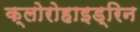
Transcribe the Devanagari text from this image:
क्लोरोहाइड्रिन